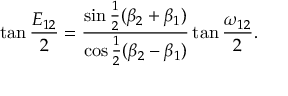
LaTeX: \tan { \frac { E _ { 1 2 } } { 2 } } = { \frac { \sin { \frac { 1 } { 2 } } ( \beta _ { 2 } + \beta _ { 1 } ) } { \cos { \frac { 1 } { 2 } } ( \beta _ { 2 } - \beta _ { 1 } ) } } \tan { \frac { \omega _ { 1 2 } } { 2 } } .